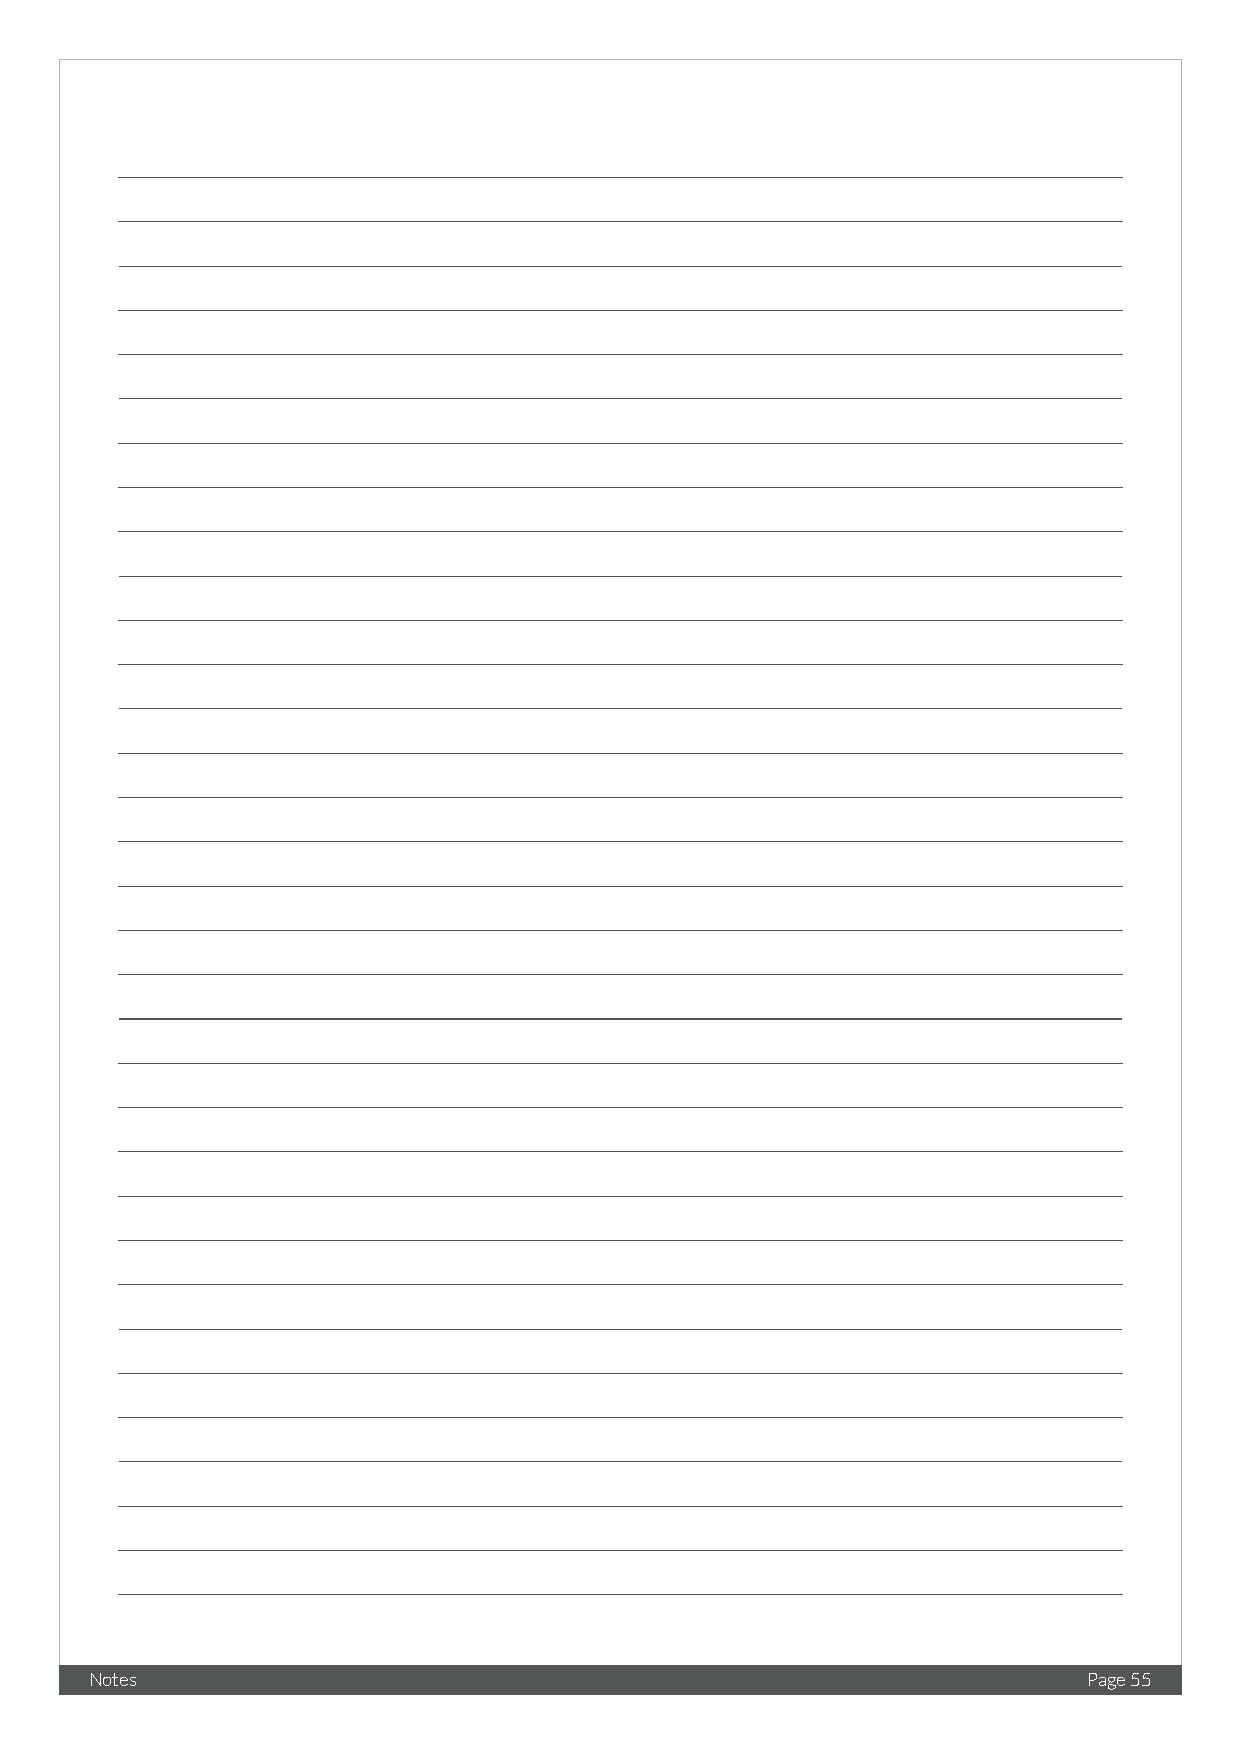
Notes                                                             Page 55